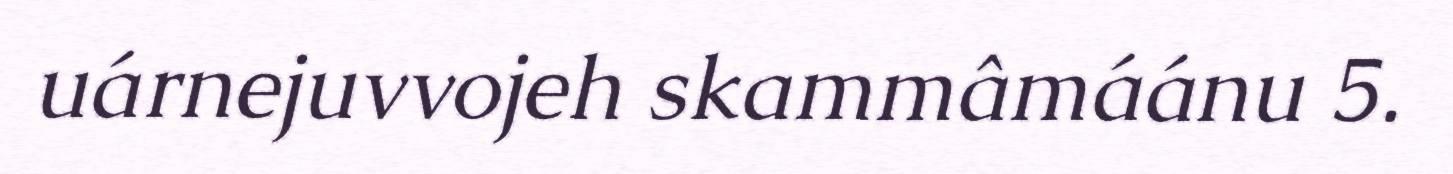
uárnejuvvojeh skammâmáánu 5.